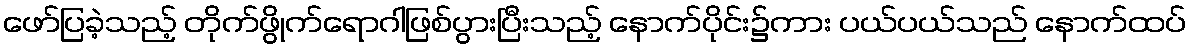
ဖော်ပြခဲ့သည့် တိုက်ဖွိုက်ရောဂါဖြစ်ပွားပြီးသည့် နောက်ပိုင်း၌ကား ပယ်ပယ်သည် နောက်ထပ်